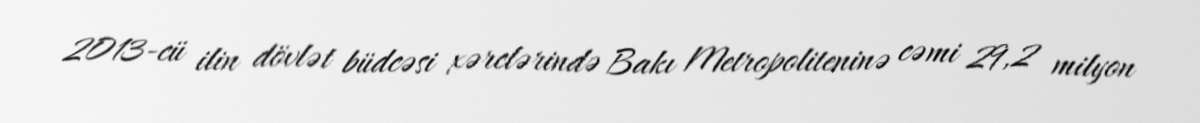
2013-cü ilin dövlət büdcəsi xərclərində Bakı Metropoliteninə cəmi 29,2 milyon